Mental hospitals Bombay report 1921-28 - 1921-1928
Year: 1921
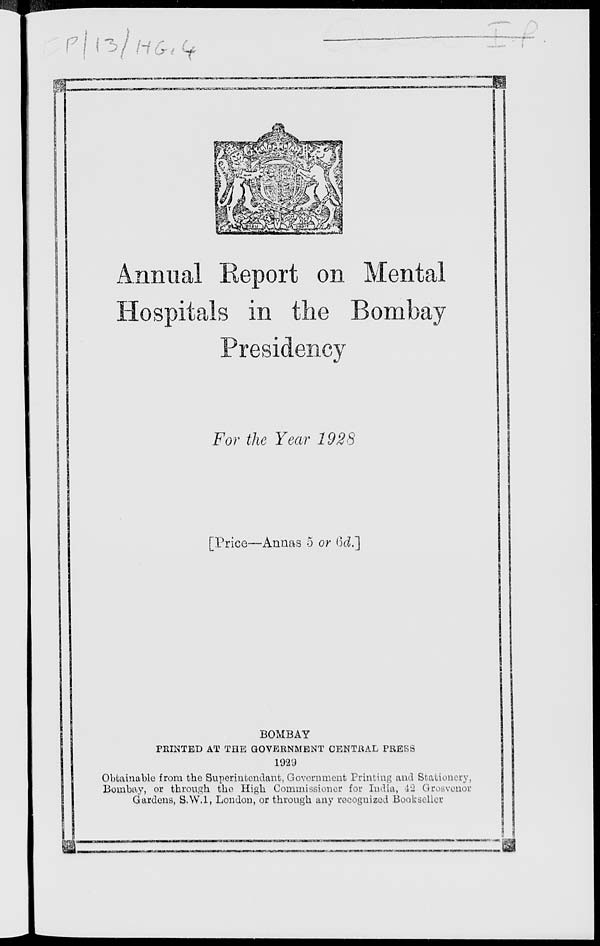
Annual Report on Mental
Hospitals in the Bombay
Presidency
For the Year 1928
[Price—Annas 5 or 6d.]
BOMBAY
PRINTED AT THE GOVERNMENT CENTRAL PRESS
1929
Obtainable from the Superintendant, Government Printing and Stationery,
Bombay, or through the High Commissioner for India, 42 Grosvenor
Gardens, S.W.I, London, or through any recognized Bookseller